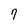
Character: 7